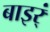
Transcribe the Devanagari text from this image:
बाइर्ं